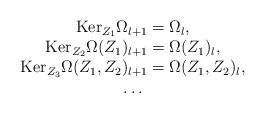
LaTeX: \begin{align*}\begin{array}{c}\mbox{Ker}_{Z_1}\Omega_{l+1}=\Omega_l,\\ \mbox{Ker}_{Z_2}\Omega(Z_1)_{l+1}=\Omega(Z_1)_l,\\ \mbox{Ker}_{Z_3}\Omega(Z_1,Z_2)_{l+1}=\Omega(Z_1,Z_2)_l,\\ \ldots \end{array}\end{align*}